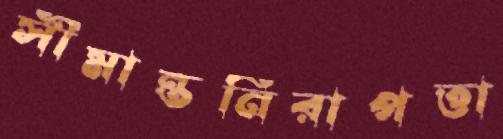
সীমান্তনিরাপত্তা